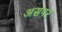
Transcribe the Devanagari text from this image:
असपर